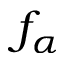
f _ { \alpha }